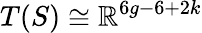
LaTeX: T(S)\cong\mathbb{R}^{6g-6+2k}